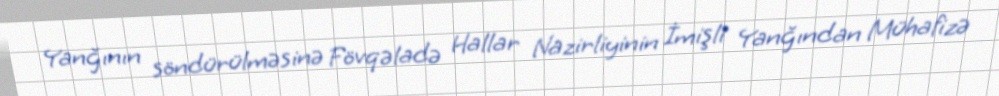
Yanğının söndürülməsinə Fövqəladə Hallar Nazirliyinin İmişli Yanğından Mühafizə